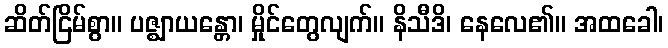
ဆိတ်ငြိမ်စွာ။ ပဇ္ဈာယန္တော၊ မှိုင်တွေလျက်။ နိသီဒိ၊ နေလေ၏။ အထခေါ၊